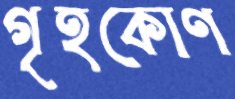
গৃহকোণ